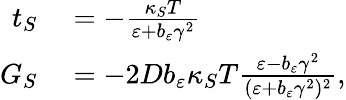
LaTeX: \begin{array}{rl}{t_{S}}&{{}=-\frac{\kappa_{S}T}{\varepsilon+b_{\varepsilon}\gamma^{2}}}\\ {G_{S}}&{{}=-2Db_{\varepsilon}\kappa_{S}T\frac{\varepsilon-b_{\varepsilon}\gamma^{2}}{(\varepsilon+b_{\varepsilon}\gamma^{2})^{2}},}\end{array}